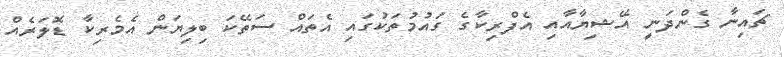
ޗައިނާ ގެންދަނީ އޭޝިޔާއާއި އެފްރިކާގެ ގައުމުތަކުގައި އެތައް ސަތޭކަ ބިލިޔަން އެމެރިކާ ޑޮލަރެއް